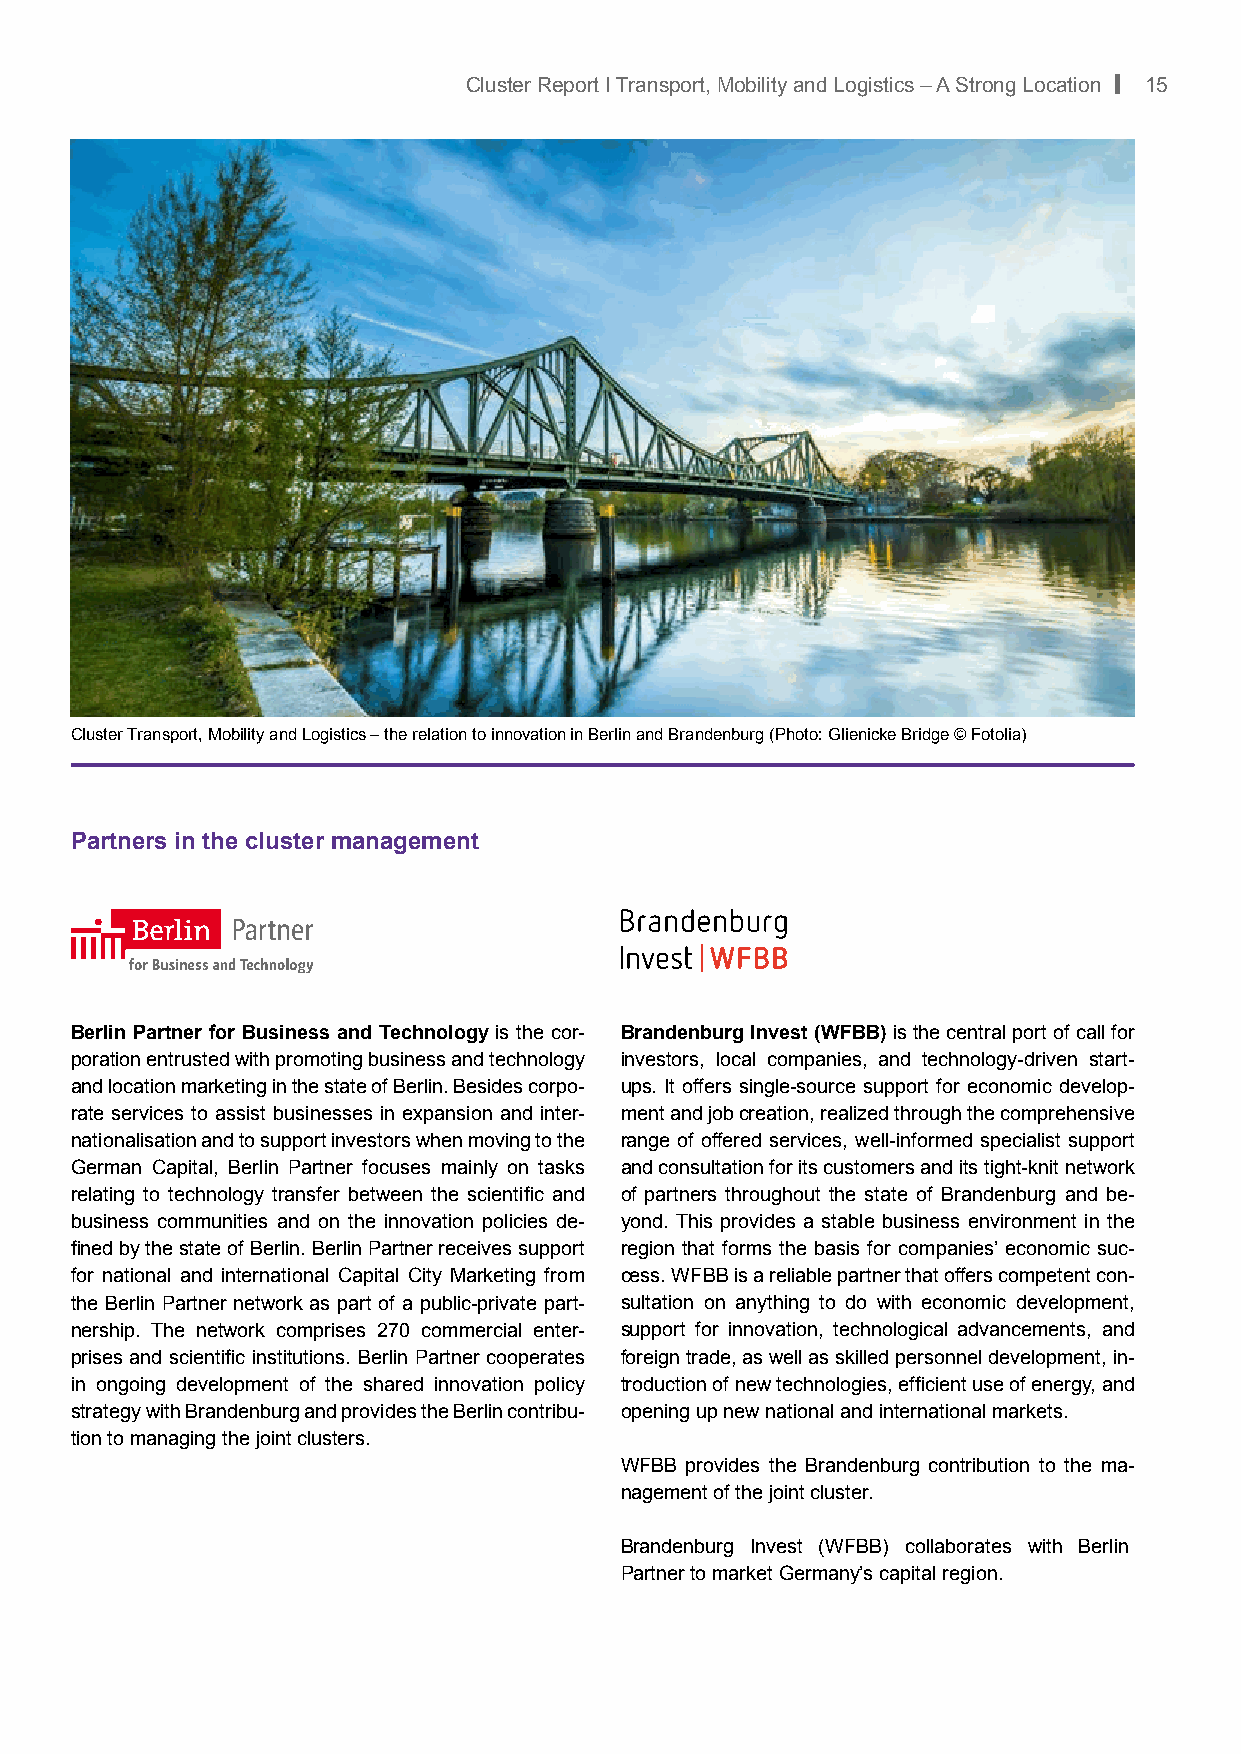
Cluster Report I Transport, Mobility and Logistics – A Strong Location | 15
 Cluster Transport, Mobility and Logistics – the relation to innovation in Berlin and Brandenburg (Photo: Glienicke Bridge © Fotolia)
 Partners in the cluster management
 Berlin Partner for Business and Technology is the cor- Brandenburg Invest (WFBB) is the central port of call for
 poration entrusted with promoting business and technology investors, local companies, and technology-driven start-
 and location marketing in the state of Berlin. Besides corpo- ups. It offers single-source support for economic develop-
 rate services to assist businesses in expansion and inter- ment and job creation, realized through the comprehensive
 nationalisation and to support investors when moving to the range of offered services, well-informed specialist support
 German Capital, Berlin Partner focuses mainly on tasks and consultation for its customers and its tight-knit network
 relating to technology transfer between the scientific and of partners throughout the state of Brandenburg and be-
 business communities and on the innovation policies de- yond. This provides a stable business environment in the
 fined by the state of Berlin. Berlin Partner receives support region that forms the basis for companies’ economic suc-
 for national and international Capital City Marketing from cess. WFBB is a reliable partner that offers competent con-
 the Berlin Partner network as part of a public-private part- sultation on anything to do with economic development,
 nership. The network comprises 270 commercial enter- support for innovation, technological advancements, and
 prises and scientific institutions. Berlin Partner cooperates foreign trade, as well as skilled personnel development, in-
 in ongoing development of the shared innovation policy troduction of new technologies, efficient use of energy, and
 strategy with Brandenburg and provides the Berlin contribu- opening up new national and international markets.
 tion to managing the joint clusters.
 WFBB provides the Brandenburg contribution to the ma-
 nagement of the joint cluster.
 Brandenburg Invest (WFBB) collaborates with B erlin
 Partner to market Germany’s capital region.